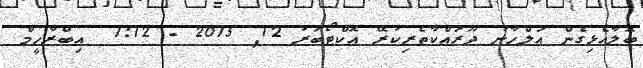
ބޮލާއެޅިގެން އަލްހާނު ދޫރައްކާތެރިކުރޭ އޮކްޓޯބަރު 12